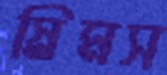
স্লিমস